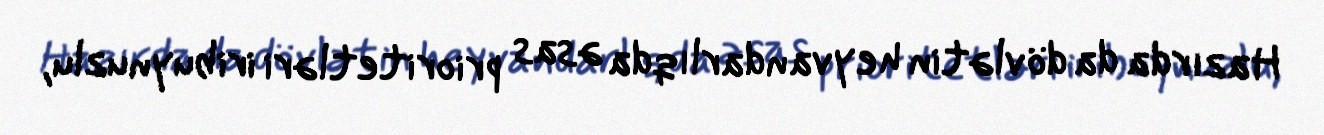
Hazırda da dövlətin heyvandarlıqda əsas prioritetləri iribuynuzlu,